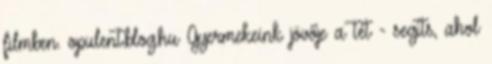
filmben. opulent.blog.hu Gyermekeink jövője a tét - segíts, ahol